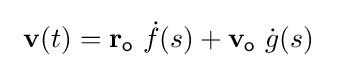
\ \mathbf {v} (t)=\mathbf {r} _{\mathsf {o}}\ {\dot {f}}(s)+\mathbf {v} _{\mathsf {o}}\ {\dot {g}}(s)\